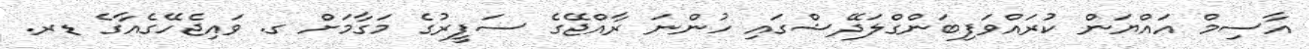
އާސިމް އައްޔަން ކުރައްވަފިބަންގްލަދޭޝްގައި ހުންނަ ރާއްޖޭގެ ސަފީރުގެ މަގާމަށް ގ. ވައިޖެހޭގެއާގެ ޑރ.